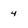
Character: 4